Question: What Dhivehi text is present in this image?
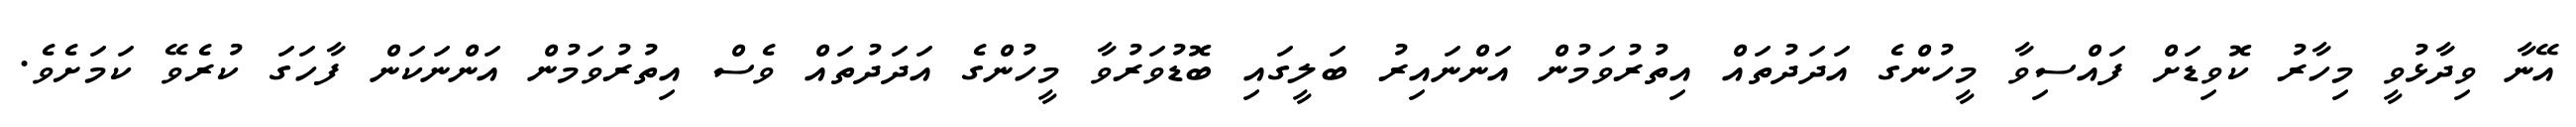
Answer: އޭނާ ވިދާޅުވީ މިހާރު ކޮވިޑަށް ފައްސިވާ މީހުންގެ އަދަދުތައް އިތުރުވަމުން އަންނައިރު ބަލީގައި ބޮޑުވަރުވާ މީހުންގެ އަދަދުތައް ވެސް އިތުރުވަމުން އަންނަކަން ފާހަގަ ކުރެވޭ ކަމަށެވެ.